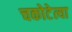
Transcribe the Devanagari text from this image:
चकोटेत्या